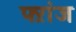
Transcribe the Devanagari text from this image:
फ्ऱांज